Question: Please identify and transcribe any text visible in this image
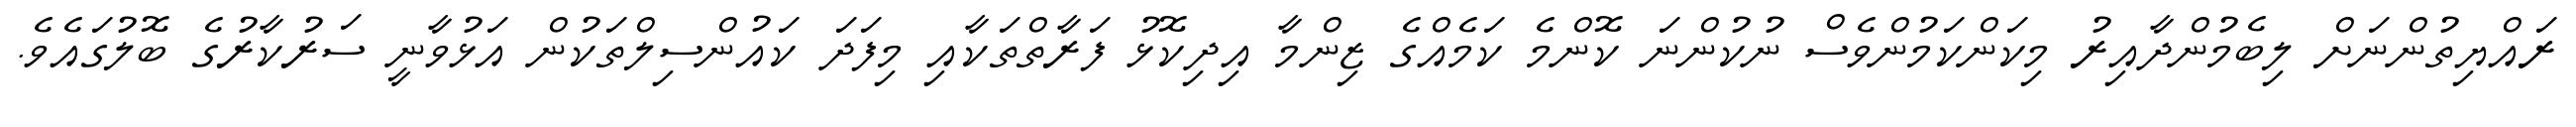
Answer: ރައްޔިތުންނަށް ލިބެމުންދާއިރު މިކަންކަމުންވެސް ނުކުންނަ ކޮންމެ ކަމެއްގެ ޒިންމާ އިދިކޮޅު ފަރާތްތަކާއި މިފަދަ ކައުންސިލްތަކުން އަޅުވާނީ ސަރުކާރުގެ ބޮލުގައެވެ.